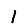
Digit: 1